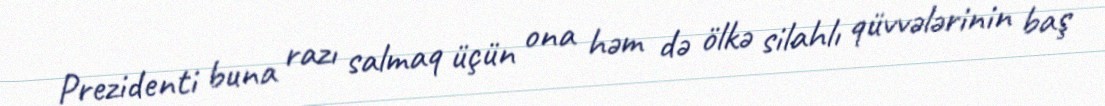
Prezidenti buna razı salmaq üçün ona həm də ölkə silahlı qüvvələrinin baş